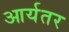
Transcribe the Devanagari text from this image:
आर्यतर